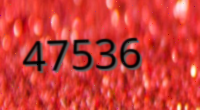
47536